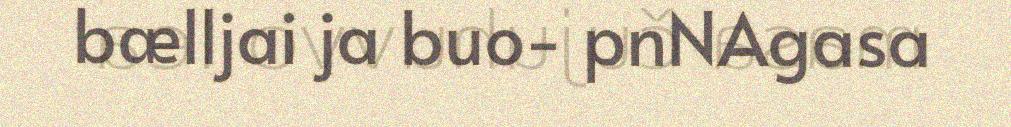
bælljai ja buo- pnNAgasa